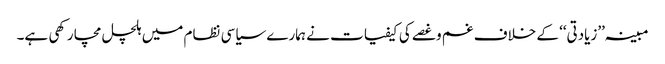
مبینہ ’’زیادتی‘‘ کے خلاف غم وغصے کی کیفیات نے ہمارے سیاسی نظام میں ہلچل مچا رکھی ہے۔